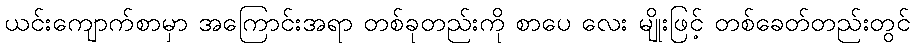
ယင်းကျောက်စာမှာ အကြောင်းအရာ တစ်ခုတည်းကို စာပေ လေး မျိုးဖြင့် တစ်ခေတ်တည်းတွင်